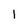
Character: 1